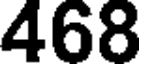
468